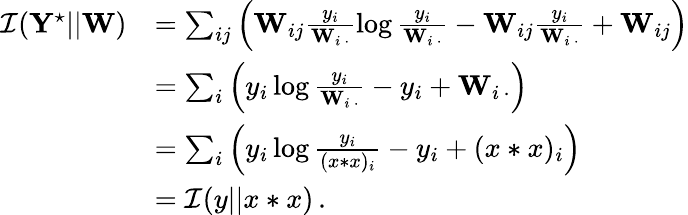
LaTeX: \begin{array}{rl}{\mathcal{I}(\mathbf{Y}^{\star}||\mathbf{W})}&{=\sum_{ij}\Big(\mathbf{W}_{ij}\frac{y_{i}}{\mathbf{W}_{i\, \cdot}}\log\frac{y_{i}}{\mathbf{W}_{i\, \cdot}}-\mathbf{W}_{ij}\frac{y_{i}}{\mathbf{W}_{i\, \cdot}}+\mathbf{W}_{ij}\Big)}\\ &{=\sum_{i}\Big(y_{i}\log\frac{y_{i}}{\mathbf{W}_{i\, \cdot}}-y_{i}+\mathbf{W}_{i\, \cdot}\Big)}\\ &{=\sum_{i}\Big(y_{i}\log\frac{y_{i}}{(x*x)_{i}}-y_{i}+(x*x)_{i}\Big)}\\ &{=\mathcal{I}(y||x*x)\, .}\end{array}